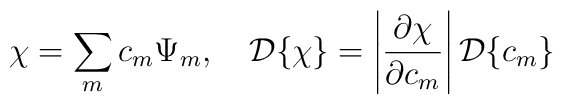
\chi = \sum_m c_m\Psi_m, \quad {\cal D}\{\chi\} =\left|\frac{\partial\chi}{\partial c_m}\right|{\cal D}\{c_m\}